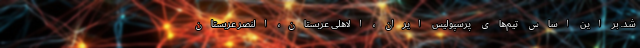
شد. بر این اساس تیم‌های پرسپولیس ایران ، الاهلی عربستان، النصر عربستان